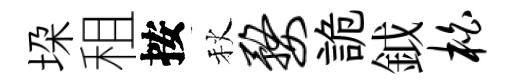
垜租按秋婺詭鉞柏